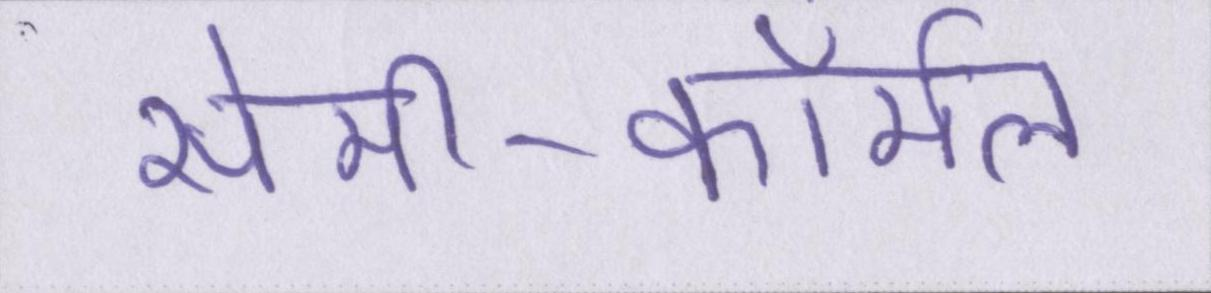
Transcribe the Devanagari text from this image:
सेमी-फॉर्मल